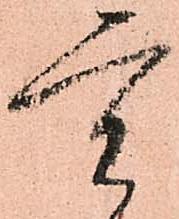
重